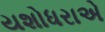
યશોધરાએ